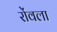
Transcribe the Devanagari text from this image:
रोंवला